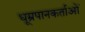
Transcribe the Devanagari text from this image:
धूम्रपानकर्ताओं